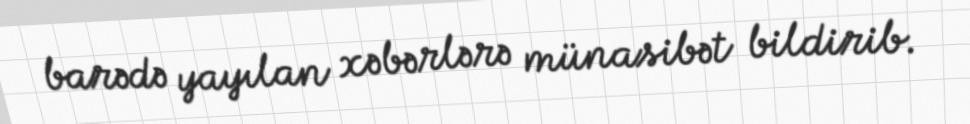
barədə yayılan xəbərlərə münasibət bildirib.